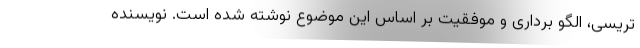
تریسی، الگو برداری و موفقیت بر اساس این موضوع نوشته شده است. نویسنده